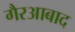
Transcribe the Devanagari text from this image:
गैरआबाद